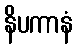
နိပကာနံ